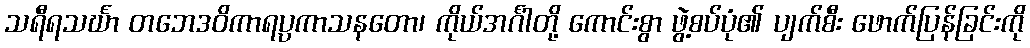
သရီရသင်္ဃာ တဘေဒဝိကာရပ္ပကာသနတော၊ ကိုယ်အင်္ဂါတို့ ကောင်းစွာ ဖွဲ့စပ်ပုံ၏ ပျက်စီး ဖောက်ပြန်ခြင်းကို